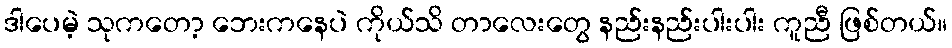
ဒါပေမဲ့ သုကတော့ ဘေးကနေပဲ ကိုယ်သိ တာလေးတွေ နည်းနည်းပါးပါး ကူညီ ဖြစ်တယ်။